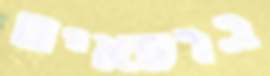
ברפאים